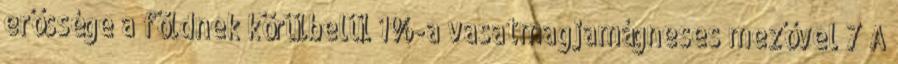
erőssége a földnek körülbelül 1%-a vasatmagjamágneses mezővel 7 A